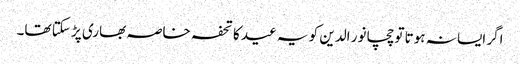
اگر ایسا نہ ہوتا تو چچا نور الدین کو یہ عید کا تحفہ خاصہ بھاری پڑ سکتا تھا۔